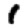
Digit: 1